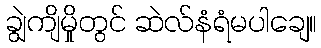
ချွဲကျိမှိုတွင် ဆဲလ်နံရံမပါချေ။